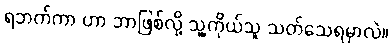
ရဘက်ကာ ဟာ ဘာဖြစ်လို့ သူ့ကိုယ်သူ သတ်သေရမှာလဲ။